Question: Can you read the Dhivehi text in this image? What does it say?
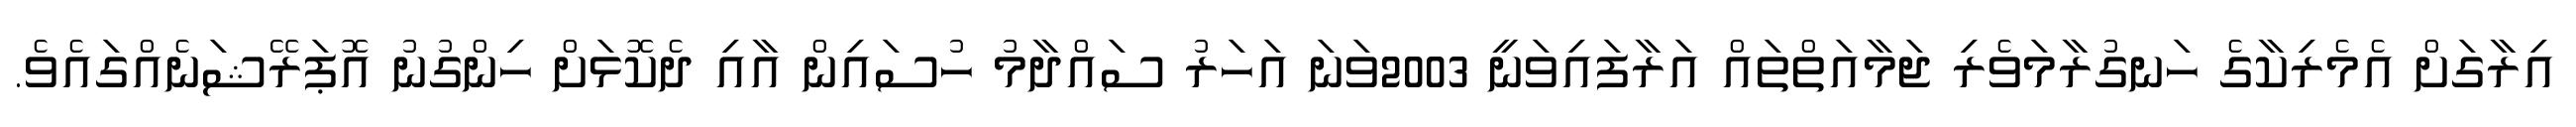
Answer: އިރާގަށް އެމެރިކާގެ ހަނގުރާމަވެރި ޖަމާއަތްތައް އަރާފައިވަނީ 2003ވަނަ އަހަރު ސައްދާމު ހުސައިން އާއި ދެކޮޅަށް ހިންގުނު އޮޕަރޭޝަނެއްގައެވެ.